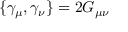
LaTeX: \{ \gamma _ { \mu } , \gamma _ { \nu } \} = 2 G _ { \mu \nu }